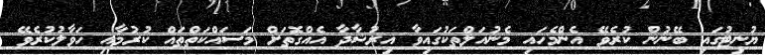
ޔުނިޓުގައި ބޭނުން ކުރެވޭ އެންމެހައި މެނުއަލްތަކުގައިވާ އިރުޝާދާ އެއްގޮތަށް މަސައްކަތްތައް ކުރުމާއި ހަވާލުކުރެވޭ